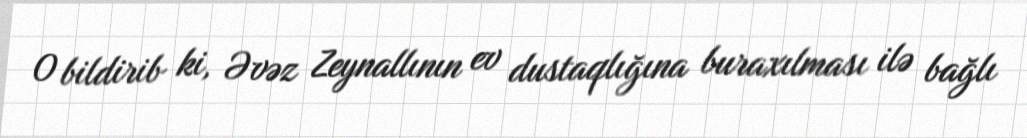
O bildirib ki, Əvəz Zeynallının ev dustaqlığına buraxılması ilə bağlı